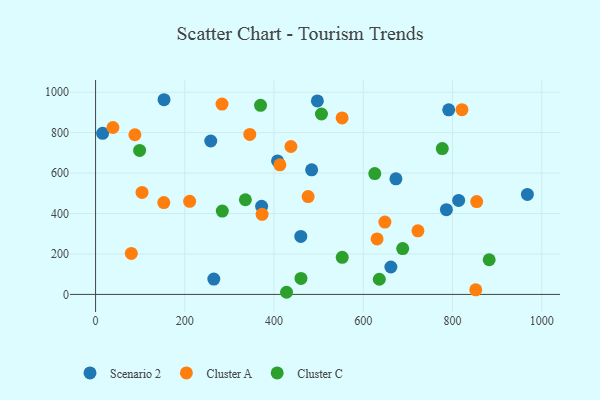
{"axis": {"x": "Ad Spend", "y": "Rating"}, "legend": ["Cluster A", "Cluster C", "Scenario 2"], "data": [{"x": "497.1", "y": 956.8, "type": "Scenario 2"}, {"x": "813.7", "y": 464.6, "type": "Scenario 2"}, {"x": "791.4", "y": 912.7, "type": "Scenario 2"}, {"x": "484.2", "y": 616.1, "type": "Scenario 2"}, {"x": "673.1", "y": 571.4, "type": "Scenario 2"}, {"x": "153.4", "y": 962.7, "type": "Scenario 2"}, {"x": "15.8", "y": 796.5, "type": "Scenario 2"}, {"x": "372.1", "y": 435.7, "type": "Scenario 2"}, {"x": "786.2", "y": 418.8, "type": "Scenario 2"}, {"x": "258.1", "y": 758.5, "type": "Scenario 2"}, {"x": "459.9", "y": 286.6, "type": "Scenario 2"}, {"x": "967.7", "y": 494.6, "type": "Scenario 2"}, {"x": "265.0", "y": 76.1, "type": "Scenario 2"}, {"x": "407.8", "y": 659.9, "type": "Scenario 2"}, {"x": "661.8", "y": 135.5, "type": "Scenario 2"}, {"x": "88.1", "y": 789.4, "type": "Cluster A"}, {"x": "80.1", "y": 202.8, "type": "Cluster A"}, {"x": "648.4", "y": 357.5, "type": "Cluster A"}, {"x": "210.8", "y": 460.4, "type": "Cluster A"}, {"x": "552.5", "y": 872.6, "type": "Cluster A"}, {"x": "283.4", "y": 941.4, "type": "Cluster A"}, {"x": "437.8", "y": 731.4, "type": "Cluster A"}, {"x": "152.9", "y": 453.9, "type": "Cluster A"}, {"x": "104.1", "y": 504.1, "type": "Cluster A"}, {"x": "722.5", "y": 314.3, "type": "Cluster A"}, {"x": "821.1", "y": 913.4, "type": "Cluster A"}, {"x": "373.2", "y": 395.8, "type": "Cluster A"}, {"x": "345.6", "y": 790.9, "type": "Cluster A"}, {"x": "854.1", "y": 459.1, "type": "Cluster A"}, {"x": "852.0", "y": 22.6, "type": "Cluster A"}, {"x": "38.9", "y": 825.4, "type": "Cluster A"}, {"x": "630.9", "y": 274.6, "type": "Cluster A"}, {"x": "413.0", "y": 641.0, "type": "Cluster A"}, {"x": "476.3", "y": 483.6, "type": "Cluster A"}, {"x": "635.9", "y": 75.0, "type": "Cluster C"}, {"x": "777.0", "y": 721.1, "type": "Cluster C"}, {"x": "460.3", "y": 78.9, "type": "Cluster C"}, {"x": "428.0", "y": 10.6, "type": "Cluster C"}, {"x": "284.0", "y": 412.3, "type": "Cluster C"}, {"x": "882.1", "y": 171.5, "type": "Cluster C"}, {"x": "506.2", "y": 892.2, "type": "Cluster C"}, {"x": "688.3", "y": 226.8, "type": "Cluster C"}, {"x": "335.7", "y": 468.0, "type": "Cluster C"}, {"x": "625.7", "y": 597.7, "type": "Cluster C"}, {"x": "98.7", "y": 712.1, "type": "Cluster C"}, {"x": "552.8", "y": 183.4, "type": "Cluster C"}, {"x": "369.7", "y": 934.8, "type": "Cluster C"}]}